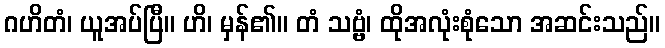
ဂဟိတံ၊ ယူအပ်ပြီ။ ဟိ၊ မှန်၏။ တံ သဗ္ဗံ၊ ထိုအလုံးစုံသော အဆင်းသည်။